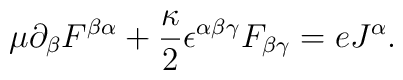
\mu\partial_\beta F^{\beta\alpha}+\frac{\kappa}{2}\epsilon^{\alpha\beta\gamma}F_{\beta\gamma}=e J^\alpha.